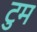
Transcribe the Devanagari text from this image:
टुम